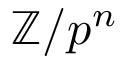
\mathbb { Z } / p ^ { n }